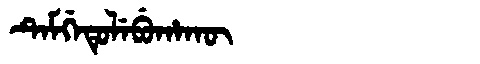
Manchu: ᡨᡝᠮᡤᡝᡨᡠᠯᡝᠪᡠᡥᠠᡴᡡ
Romanization: TEMGETULEBUHAKŪ